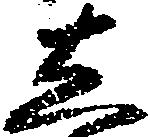
し